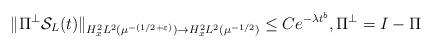
LaTeX: \begin{align*}\|\Pi^\perp \mathcal{S}_L(t)\|_{H^2_x L^2(\mu^{-(1/2+\varepsilon)})\rightarrow H^2_x L^2(\mu^{-1/2})}\leq C e^{-\lambda t^b}, \Pi^\perp = I - \Pi\end{align*}